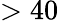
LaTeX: >40